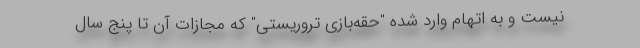
نیست و به اتهام وارد شده "حقه‌بازی تروریستی" که مجازات آن تا پنج سال